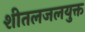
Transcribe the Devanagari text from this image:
शीतलजलयुक्त